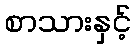
စာသားနှင့်